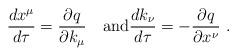
LaTeX: \begin{align*}\frac{dx^\mu}{d\tau}=\frac{\partial q}{\partial k_\mu}\quad{\mbox{and}}\frac{dk_\nu}{d\tau}=-\frac{\partial q}{\partial x^\nu}\,\,.\end{align*}